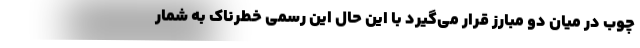
چوب در میان دو مبارز قرار می‌گیرد با این حال این رسمی خطرناک به شمار